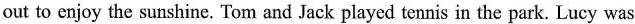
out to enjoy the sunshine. Tom and Jack played tennis in the park. Lucy was